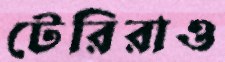
টেরিরাও